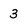
Character: 3